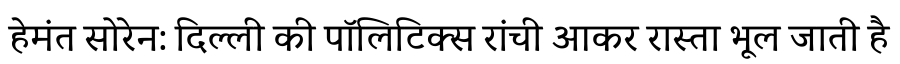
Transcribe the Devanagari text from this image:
हेमंत सोरेन: दिल्ली की पॉलिटिक्स रांची आकर रास्ता भूल जाती है